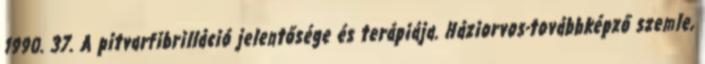
1990. 37. A pitvarfibrilláció jelentősége és terápiája. Háziorvos-továbbképző szemle,